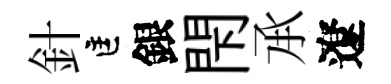
針匡銀閇𠄘遼